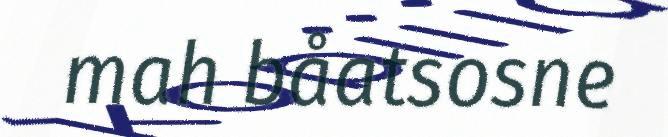
mah båatsosne